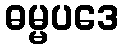
ဓမ္မပဒေ